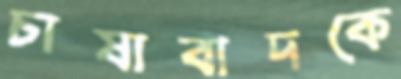
চাষাবাদকে